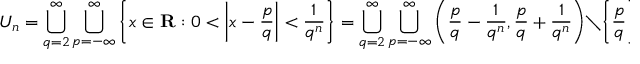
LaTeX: U _ { n } = \bigcup _ { q = 2 } ^ { \infty } \bigcup _ { p = - \infty } ^ { \infty } \left\{ x \in \mathbf { R } : 0 < \left| x - { \frac { p } { q } } \right| < { \frac { 1 } { q ^ { n } } } \right\} = \bigcup _ { q = 2 } ^ { \infty } \bigcup _ { p = - \infty } ^ { \infty } \left( { \frac { p } { q } } - { \frac { 1 } { q ^ { n } } } , { \frac { p } { q } } + { \frac { 1 } { q ^ { n } } } \right) \setminus \left\{ { \frac { p } { q } } \right\}